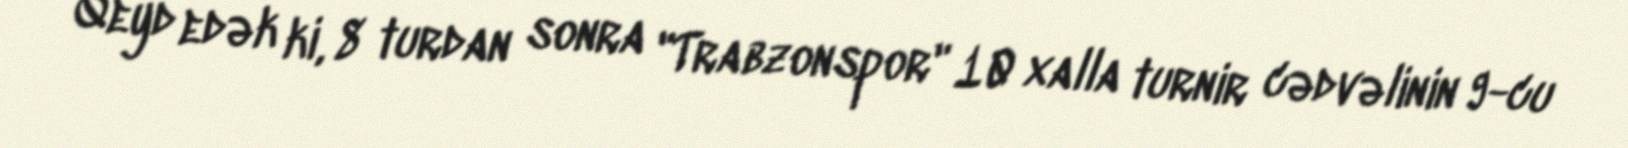
Qeyd edək ki, 8 turdan sonra "Trabzonspor" 10 xalla turnir cədvəlinin 9-cu